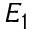
E _ { 1 }